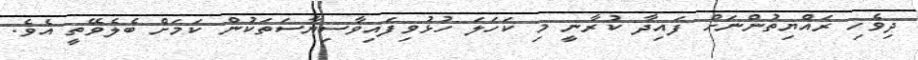
ދިވެހި ރައްޔިތުންނަށް ފައިދާ ކުރާނީ މި ކަހަލަ ހުޅުވިފައިވާސިޔާސަތަކުން ކަމަށް ބެލެވޭތީ އެވެ.